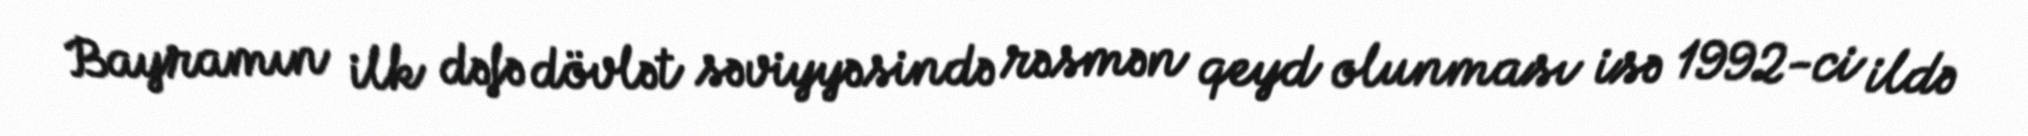
Bayramın ilk dəfə dövlət səviyyəsində rəsmən qeyd olunması isə 1992-ci ildə